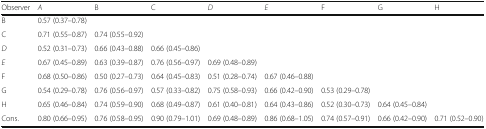
<table><thead><tr><td><b>Observer</b></td><td><b><i>A</i></b></td><td><b>B</b></td><td><b>C</b></td><td><b><i>D</i></b></td><td><b><i>E</i></b></td><td><b>F</b></td><td><b>G</b></td><td><b>H</b></td></tr></thead><tbody><tr><td>B</td><td>0.57 (0.37–0.78)</td><td></td><td></td><td></td><td></td><td></td><td></td><td></td></tr><tr><td>C</td><td>0.71 (0.55–0.87)</td><td>0.74 (0.55–0.92)</td><td></td><td></td><td></td><td></td><td></td><td></td></tr><tr><td><i>D</i></td><td>0.52 (0.31–0.73)</td><td>0.66 (0.43–0.88)</td><td>0.66 (0.45–0.86)</td><td></td><td></td><td></td><td></td><td></td></tr><tr><td><i>E</i></td><td>0.67 (0.45–0.89)</td><td>0.63 (0.39–0.87)</td><td>0.76 (0.56–0.97)</td><td>0.69 (0.48–0.89)</td><td></td><td></td><td></td><td></td></tr><tr><td>F</td><td>0.68 (0.50–0.86)</td><td>0.50 (0.27–0.73)</td><td>0.64 (0.45–0.83)</td><td>0.51 (0.28–0.74)</td><td>0.67 (0.46–0.88)</td><td></td><td></td><td></td></tr><tr><td>G</td><td>0.54 (0.29–0.78)</td><td>0.76 (0.56–0.97)</td><td>0.57 (0.33–0.82)</td><td>0.75 (0.58–0.93)</td><td>0.66 (0.42–0.90)</td><td>0.53 (0.29–0.78)</td><td></td><td></td></tr><tr><td>H</td><td>0.65 (0.46–0.84)</td><td>0.74 (0.59–0.90)</td><td>0.68 (0.49–0.87)</td><td>0.61 (0.40–0.81)</td><td>0.64 (0.43–0.86)</td><td>0.52 (0.30–0.73)</td><td>0.64 (0.45–0.84)</td><td></td></tr><tr><td>Cons.</td><td>0.80 (0.66–0.95)</td><td>0.76 (0.58–0.95)</td><td>0.90 (0.79–1.01)</td><td>0.69 (0.48–0.89)</td><td>0.86 (0.68–1.05)</td><td>0.74 (0.57–0.91)</td><td>0.66 (0.42–0.90)</td><td>0.71 (0.52–0.90)</td></tr></tbody></table>